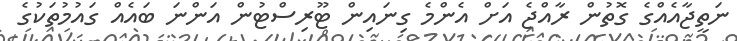
ނަތީޖާއެއްގެ ގޮތުން ރާއްޖެ އަށް އެންމެ ގިނައިން ޓޫރިސްޓުން އަންނަ ބައެއް ގައުމުތަކުގެ